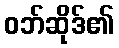
ဝဘ်ဆိုဒ်၏